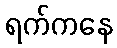
ရက်ကနေ